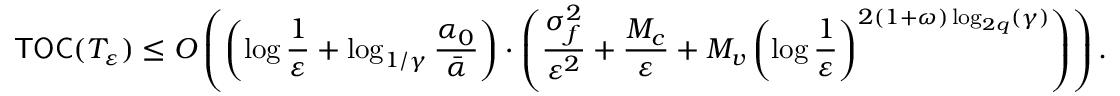
\mathsf { T O C } ( T _ { \varepsilon } ) \leq { \cal O } \left( \left( \log \frac { 1 } { \varepsilon } + \log _ { 1 / \gamma } \frac { \alpha _ { 0 } } { \bar { \alpha } } \right) \cdot \left( \frac { \sigma _ { f } ^ { 2 } } { \varepsilon ^ { 2 } } + \frac { M _ { c } } { \varepsilon } + { M _ { v } } \left( \log \frac { 1 } { \varepsilon } \right) ^ { 2 ( 1 + \omega ) \log _ { 2 q } ( \gamma ) } \right) \right) .